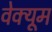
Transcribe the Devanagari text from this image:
वेक्यूम